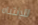
للإنتباه